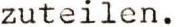
zuteilen.